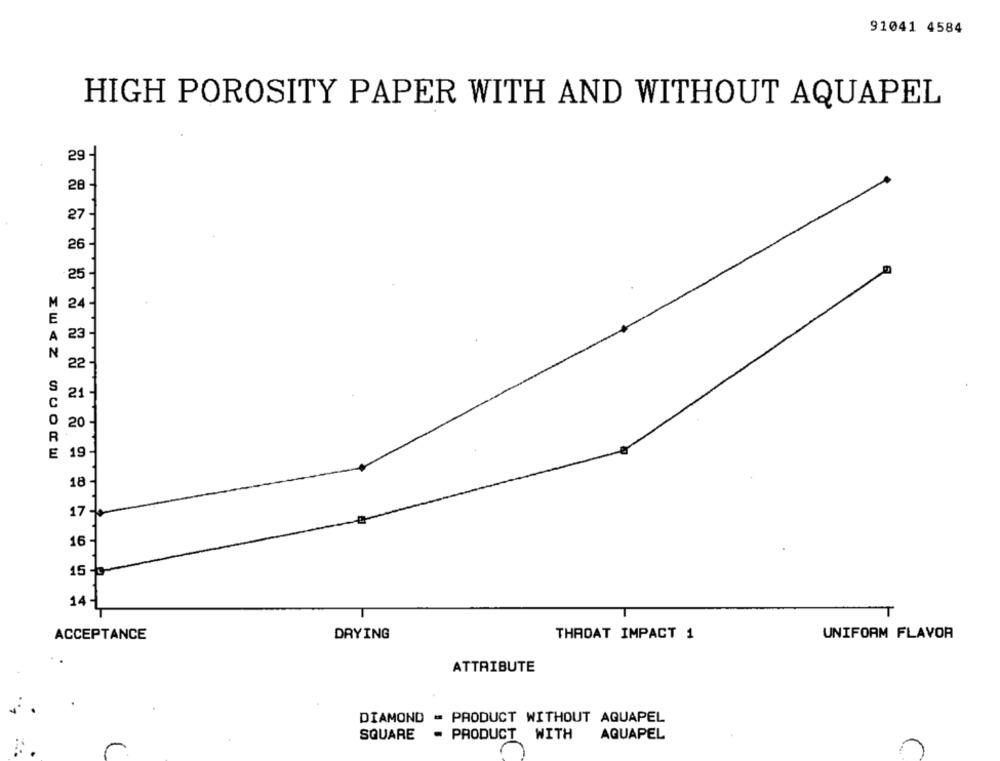
91041 4584
HIGH POROSITY PAPER WITH AND WITHOUT AQUAPEL
29.
28
27-
26
25
M
24
E
A 23
N
22
S
C
21
0 20
R
E
19
18
17 -
16-
15 ℃
14-
T
ACCEPTANCE
DRYING
THROAT IMPACT 1
UNIFORM FLAVOR
ATTRIBUTE
DIAMOND - PRODUCT WITHOUT AQUAPEL
SQUARE
- PRODUCT WITH
AQUAPEL